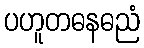
ပဟူတဓနဓညံ